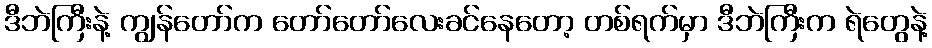
ဒီဘဲကြီးနဲ့ ကျွန်တော်က တော်တော်လေးခင်နေတော့ တစ်ရက်မှာ ဒီဘဲကြီးက ရဲတွေနဲ့